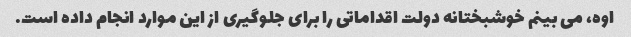
اوه، می بینم خوشبختانه دولت اقداماتی را برای جلوگیری از این موارد انجام داده است.